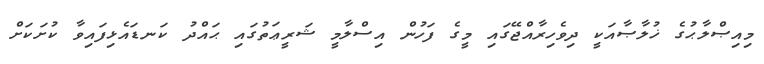
މިއިޞްލާޙުގެ ޚުލާޞާއަކީ ދިވެހިރާއްޖޭގައި މީގެ ފަހުން އިސްލާމީ ޝަރީޢަތުގައި ޙައްދު ކަނޑައެޅިފައިވާ ކުށަކަށް